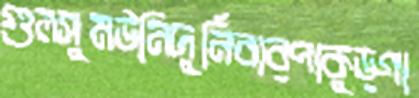
গুলসুমউনিদুর্নিবারপাকুড়গা